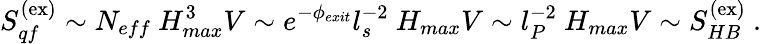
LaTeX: S_{qf}^{(\mathrm{ex})}\sim N_{eff}~H_{max}^{3}V\sim e^{-\phi_{exit}}l_{s}^{-2}~H_{max}V\sim l_{P}^{-2}~H_{max}V\sim S_{HB}^{(\mathrm{ex})}~.